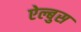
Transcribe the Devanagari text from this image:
ऐल्बुस